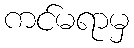
ကင်မရာမှ